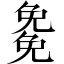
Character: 𭀰